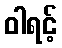
ဝါရင့်